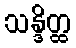
သန္ဒိတ္ထ